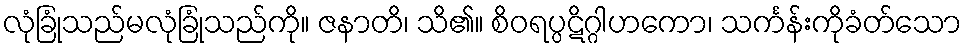
လုံခြုံသည်မလုံခြုံသည်ကို။ ဇနာတိ၊ သိ၏။ စိဝရပ္ပဋိဂ္ဂါဟကော၊ သင်္ကန်းကိုခံတ်သော